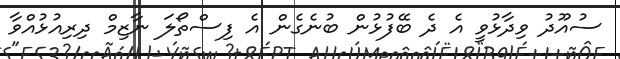
ސުއޫދު ވިދާޅުވީ އެ ދެ ބޭފުޅުން ބުނެގެން އެ ފިސްތޯލަ ނާޒިމް ދިރިއުޅުއްވާ